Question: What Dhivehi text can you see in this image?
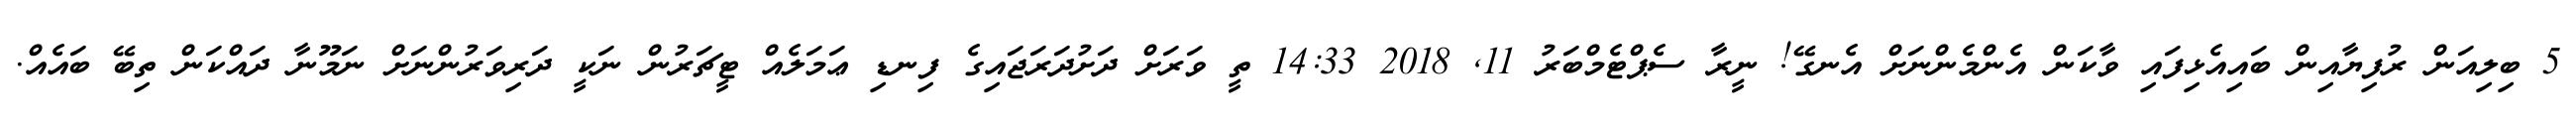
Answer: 5 ބިލިއަން ރުފިޔާއިން ބައިއެޅިފައި ވާކަން އެންމެންނަށް އެނގޭ! ނީރާ ސެޕްޓެމްބަރު 11, 2018 14:33 ތީ ވަރަށް ދަށުދަރަޖައިގެ ފިނޑި ޢަމަލެއް ޓީޗަރުން ނަކީ ދަރިވަރުންނަށް ނަމޫނާ ދައްކަން ތިބޭ ބައެއް.